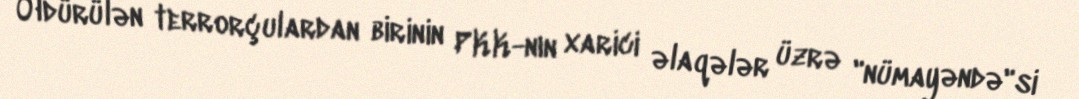
Öldürülən terrorçulardan birinin PKK-nın xarici əlaqələr üzrə "nümayəndə"si